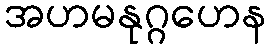
အဟမနုဂ္ဂဟေန